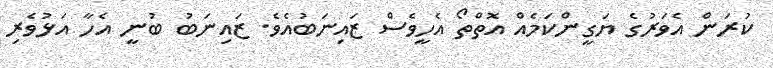
ކުރަން އެވަރުގެ ޔަގީންކަމެއް އޮތްތޯ އެހީވެސް ޒައިނަބުއެވެ. ޒައިނަބު ބުނީ އެހާ އަޅުވެރި